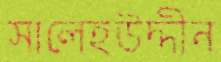
সালেহউদ্দীন